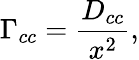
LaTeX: \Gamma_{cc}=\frac{D_{cc}}{x^{2}},